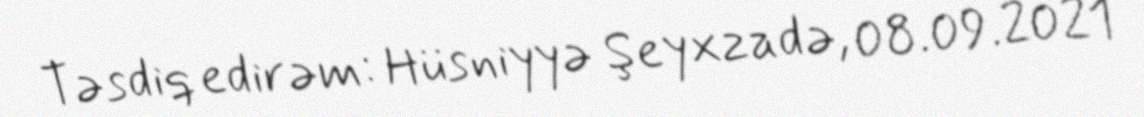
Təsdiq edirəm: Hüsniyyə Şeyxzadə, 08.09.2021